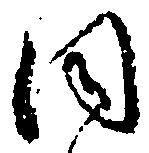
同